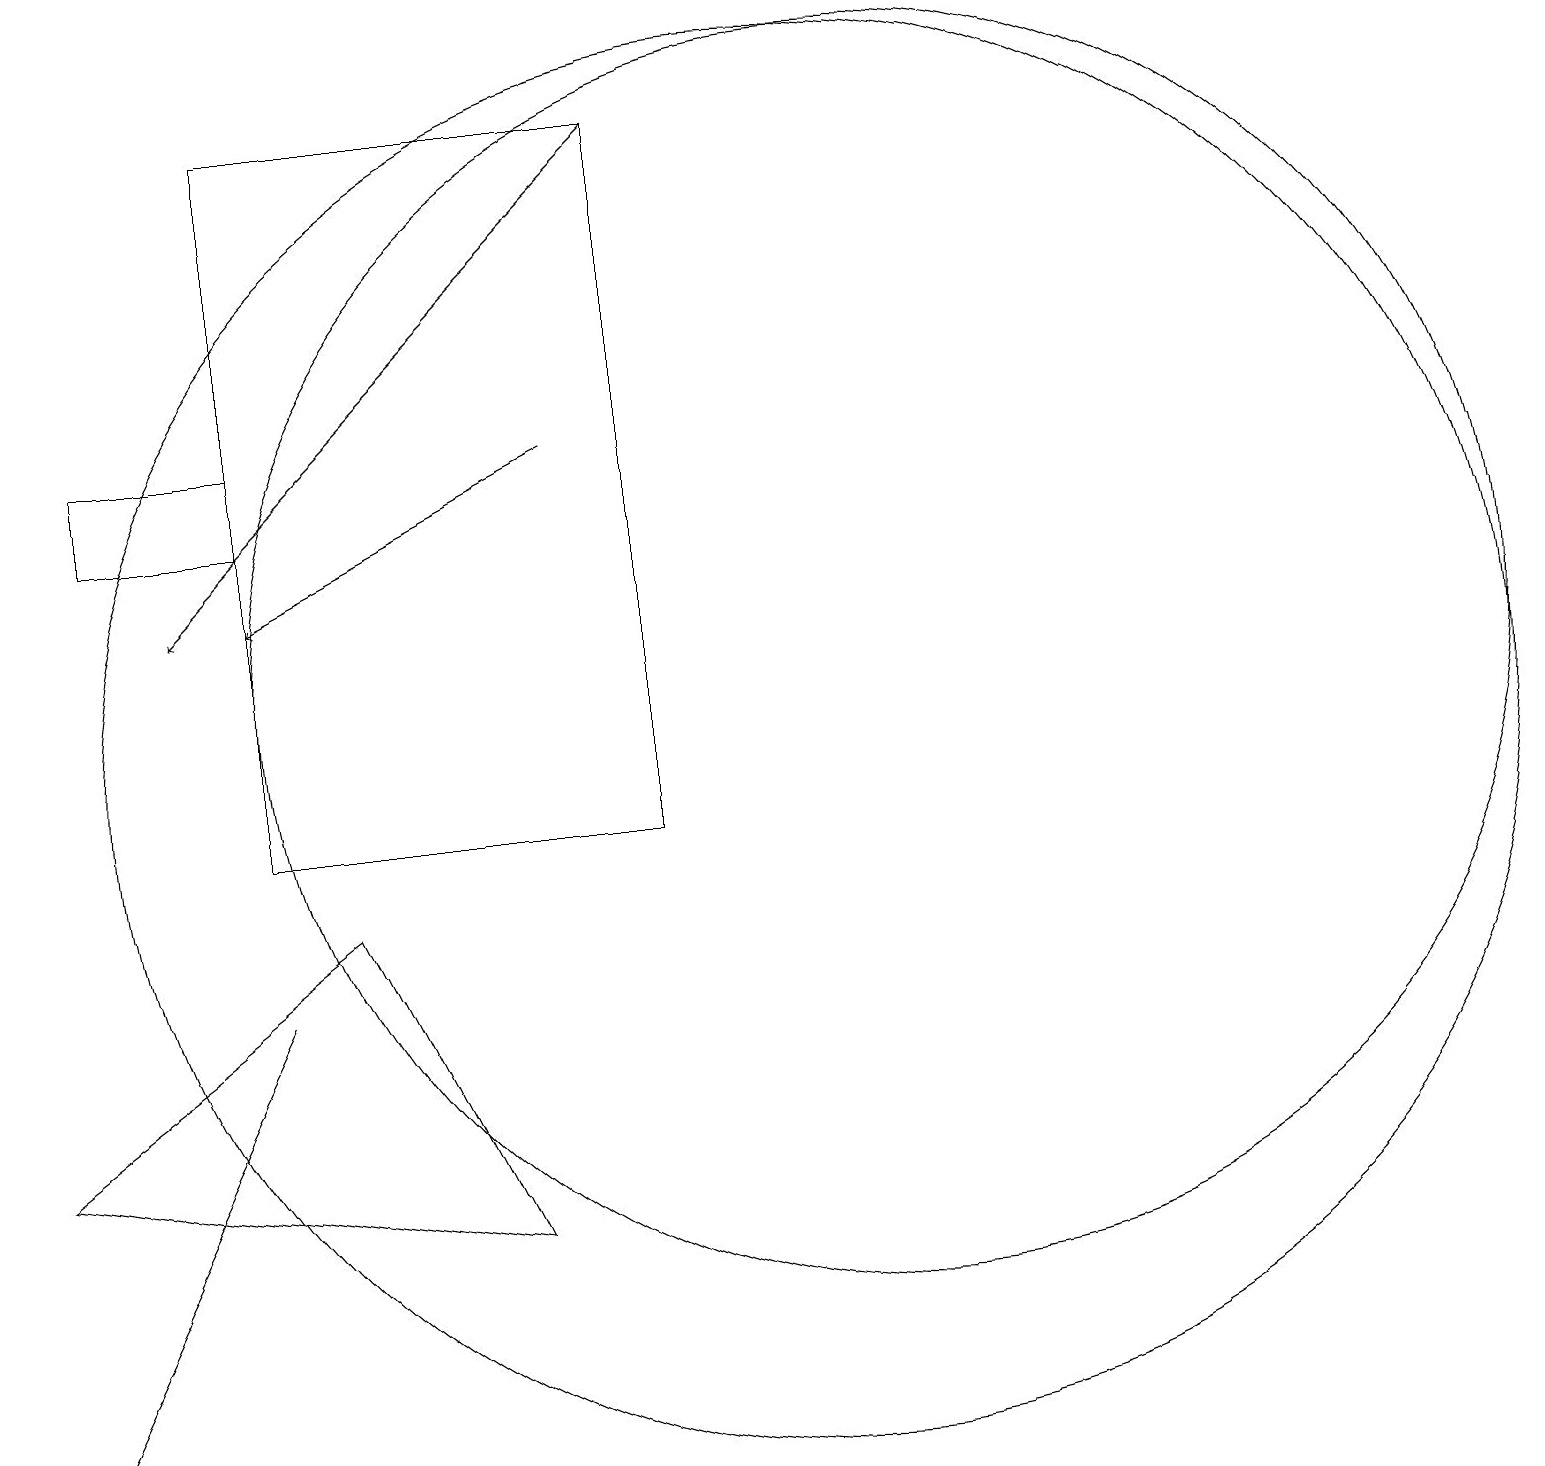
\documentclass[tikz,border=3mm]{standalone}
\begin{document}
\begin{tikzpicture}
\draw (1,6) -- (5,9) -- (7,5) -- cycle;
\draw (4,15) rectangle (2,14);
\draw (9,10) rectangle (4,19);
\draw[->] (8,15) -- (4,13);
\draw (12,12) circle (8);
\draw (11,11) circle (9);
\draw (2,4) -- (1,2) -- (4,8) -- cycle;
\draw[->] (9,19) -- (3,13);
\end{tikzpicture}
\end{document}